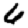
Digit: 0